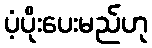
ပံ့ပိုးပေးမည်ဟု